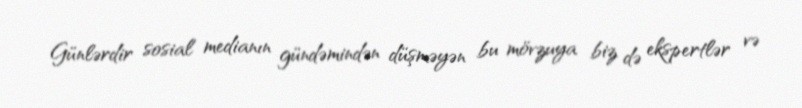
Günlərdir sosial medianın gündəmindən düşməyən bu mövzuya biz də ekspertlər və